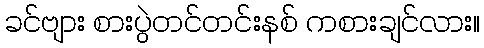
ခင်ဗျား စားပွဲတင်တင်းနစ် ကစားချင်လား။